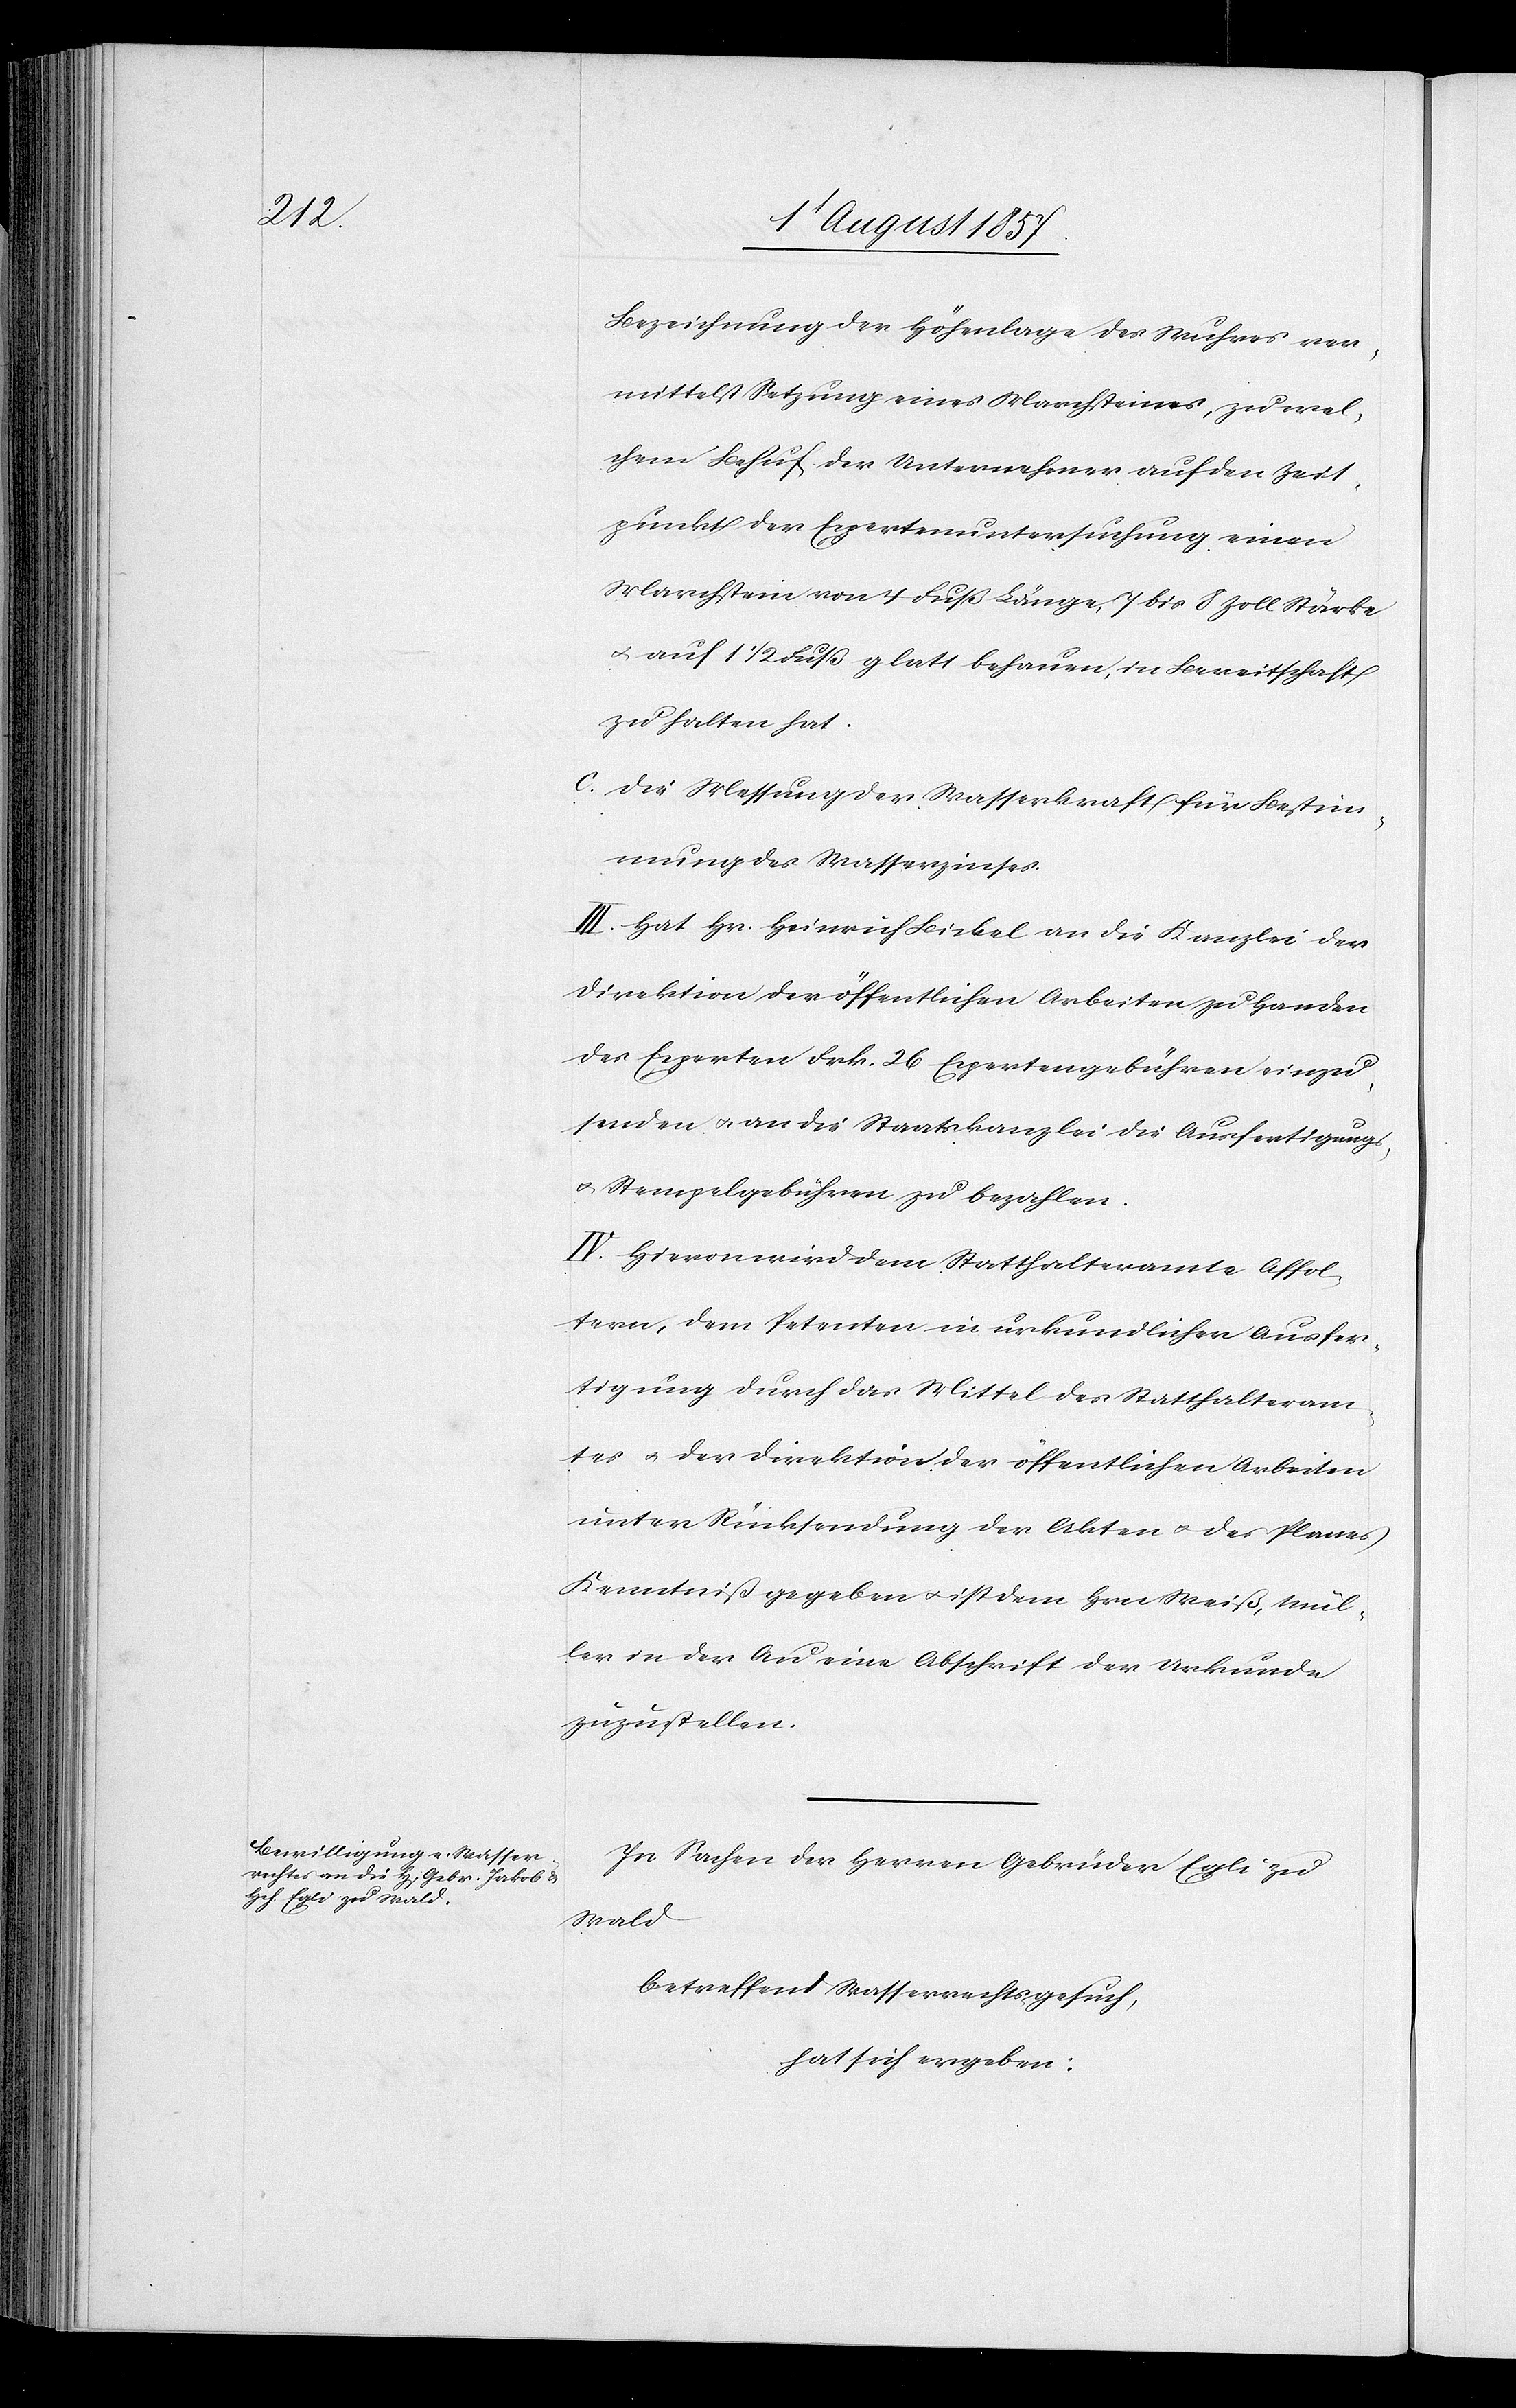
Bezeichnung der Höhenlage des Wuhres ver¬
mittelst Setzung eines Marchsteines, zu wel¬
chem Behuf der Unternehmer auf den Zeit¬
punkt der Expertenuntersuchung einen
Marchstein von 4 Fuß Länge, 7 bis 8 Zoll Stärke
& auf 1 1/2 Fuß glatt behauen, in Bereitschaft
zu halten hat.
c. Die Messung der Wasserkraft für die Bestim¬
mung des Wasserzinses.
III. Hat Hr. Heinrich Bickel an die Kanzlei der
Direktion der öffentlichen Arbeiten zu Handen
des Experten Frk. 26 Expertengebühren einzu¬
senden & an die Staatskanzlei die Ausfertigungs-
& Stempelgebühren zu bezahlen.
IV. Hievon wird dem Statthalteramte Affol¬
tern, dem Petenten in urkundlicher Ausfer¬
tigung durch das Mittel des Statthalteram¬
tes & der Direktion der öffentlichen Arbeiten
unter Rücksendung der Akten & des Planes
Kenntniß gegeben & ist dem Hrn. Weiß, Mül¬
ler in der Au eine Abschrift der Urkunde
zuzustellen.
In Sachen der Herren Gebrüder Egli zu
Wald
betreffend Wasserrechtsgesuch,
hat sich ergeben: